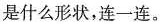
是什么形状，连一连。